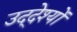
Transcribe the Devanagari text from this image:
उद्‌देश्यों